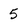
Character: 5